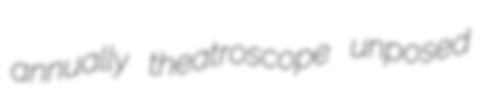
annually theatroscope unposed